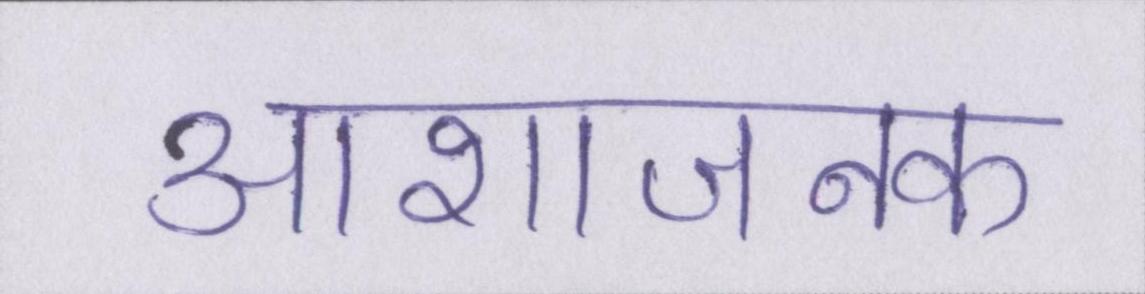
आशाजनक